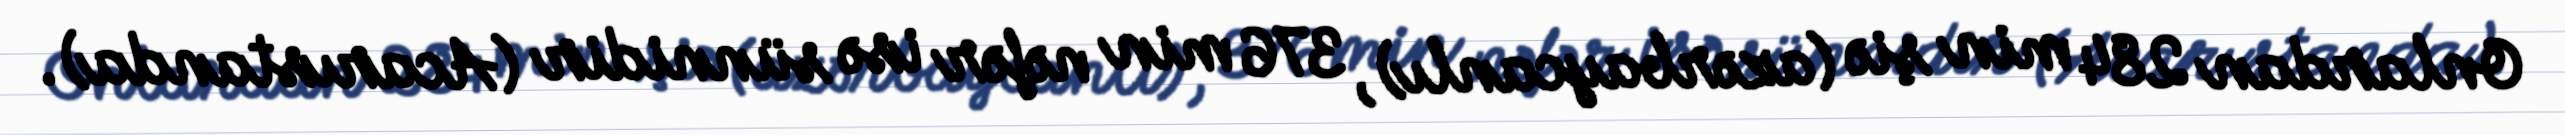
Onlardan 284 min şiə (azərbaycanlı), 376 min nəfər isə sünnidir (Acarıstanda).